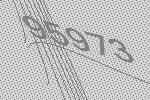
95973